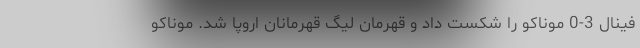
فینال 3-0 موناکو را شکست داد و قهرمان لیگ قهرمانان اروپا شد. موناکو